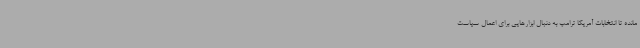
مانده تا انتخابات آمریکا ترامپ به دنبال ابزارهایی برای اعمال سیاست